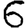
Digit: 6